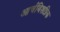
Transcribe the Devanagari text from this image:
आर्चबिशप्रिक